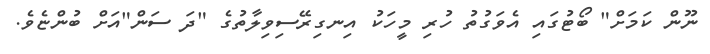
ނޫން ކަމަށް" ބޯޓުގައި އެވަގުތު ހުރި މީހަކު އިނގިރޭސިވިލާތުގެ "ދަ ސަން"އަށް ބުންޏެވެ.